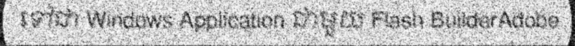
ទៅជា Windows Application ជាមួយ Flash BuilderAdobe